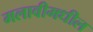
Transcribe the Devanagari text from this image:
मलावीमधील